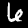
Digit: 6